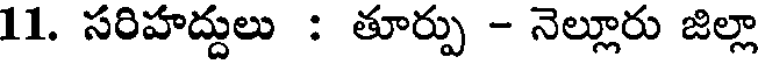
11. సరిహద్దులు : తూర్పు - నెల్లూరు జిల్లా